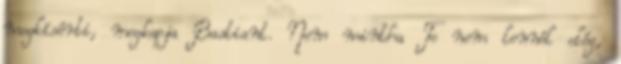
megkísérti, megkapja Bastiant. Nem mintha Te nem lennél elég,